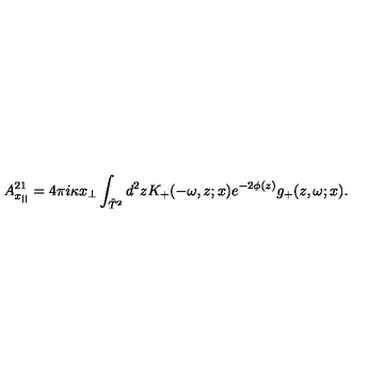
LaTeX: A _ { x _ { | | } } ^ { 2 1 } = 4 \pi i \kappa x _ { \perp } \int _ { \tilde { T } ^ { 2 } } d ^ { 2 } z K _ { + } ( - \omega , z ; x ) e ^ { - 2 \phi ( z ) } g _ { + } ( z , \omega ; x ) .